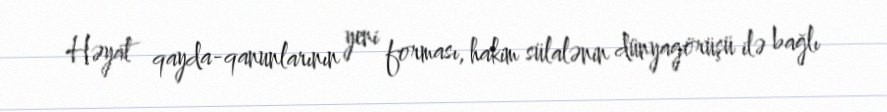
Həyat qayda-qanunlarının yeni forması, hakim sülalənin dünyagörüşü ilə bağlı